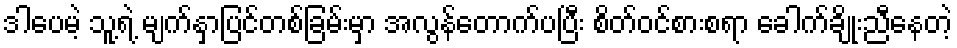
ဒါပေမဲ့ သူ့ရဲ့ မျက်နှာပြင်တစ်ခြမ်းမှာ အလွန်တောက်ပပြီး စိတ်ဝင်စားစရာ ခေါက်ချိုးညီနေတဲ့